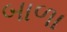
બાળા